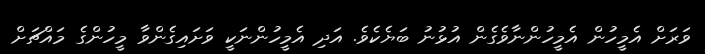
ވަރަށް އެމީހުން އެމީހުންނާވެގެން އުޅުނު ބަޔެކެވެ. އަދި އެމީހުންނަކީ ވަށައިގެންވާ މީހުންގެ މައްޗަށް